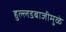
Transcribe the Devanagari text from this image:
हुल्लडबाजीमुळे